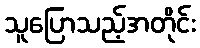
သူပြောသည့်အတိုင်း